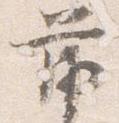
前